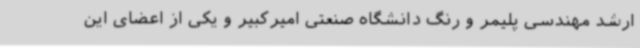
ارشد مهندسی پلیمر و رنگ دانشگاه صنعتی امیرکبیر و یکی از اعضای این